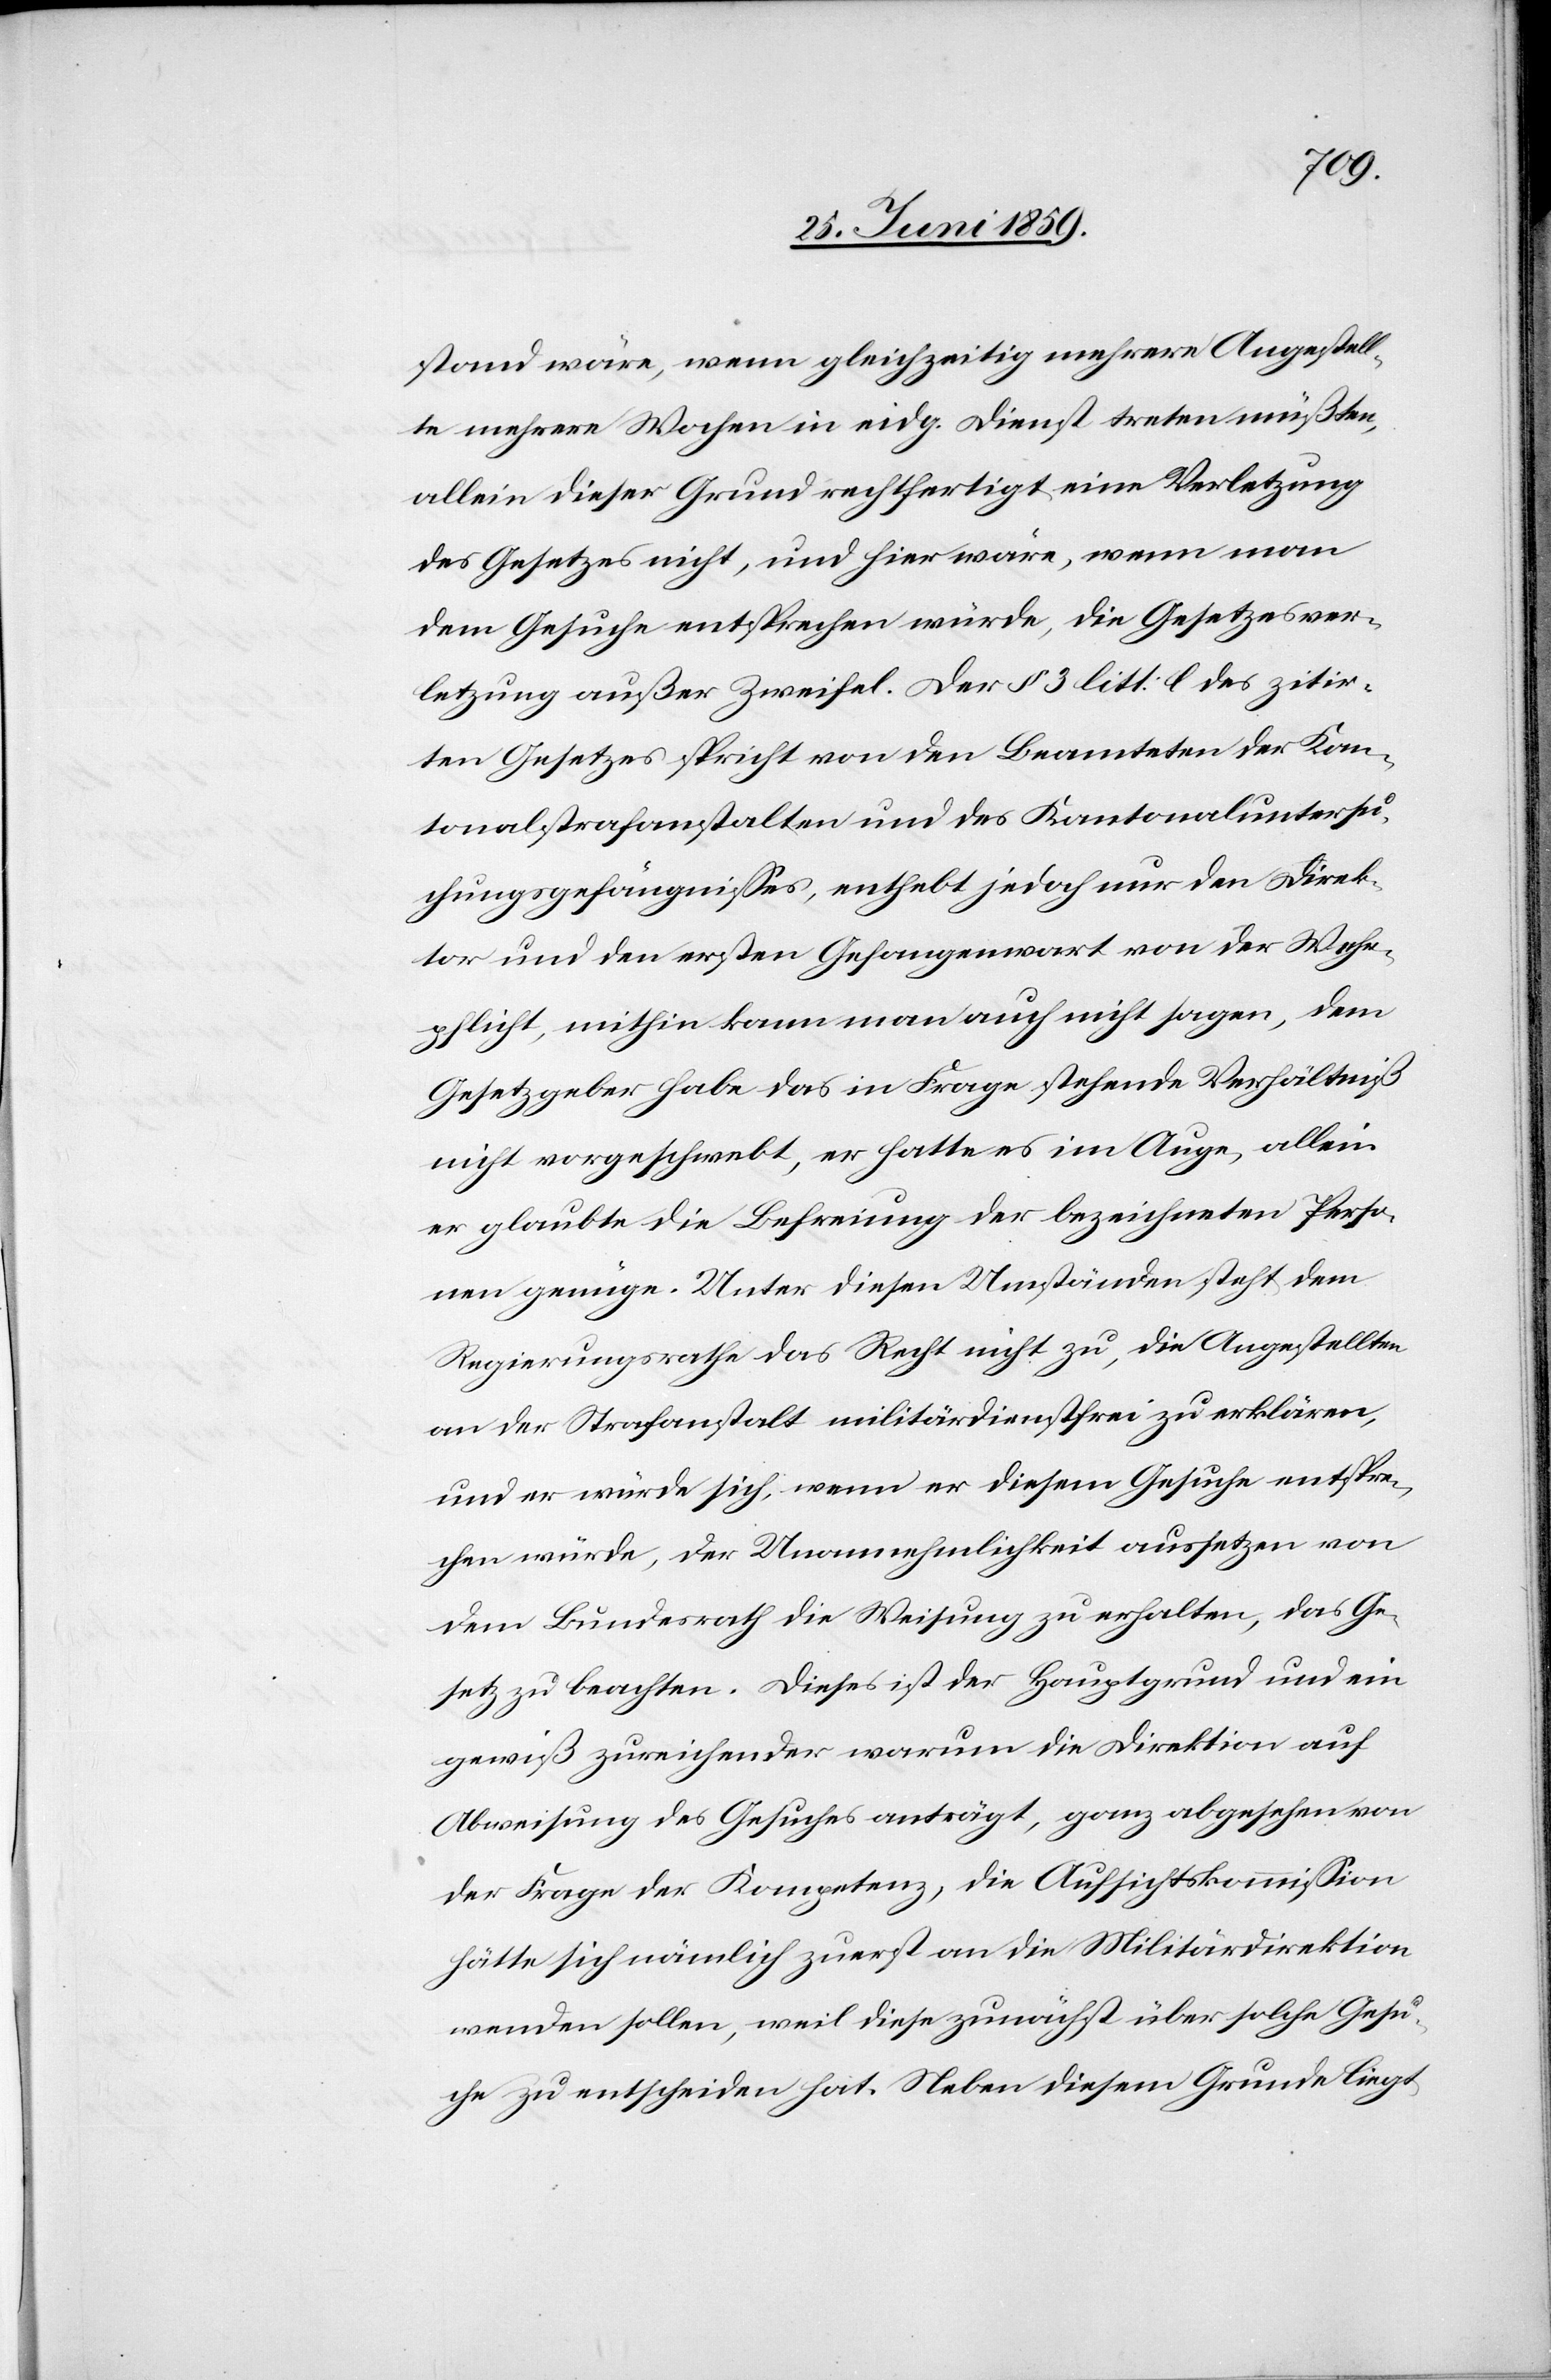
stand wäre, wenn gleichzeitig mehrere Angestell¬
te mehrere Wochen in eidg. Dienst treten müßten,
allein dieser Grund rechtfertigt eine Verletzung
des Gesetzes nicht, und hier wäre, wenn man
dem Gesuche entsprechen würde, die Gesetzesver¬
letzung außer Zweifel. Der § 3 litt: l des zitir¬
ten Gesetzes spricht von den Beamteten der Kan¬
tonalstrafanstalten und des Kantonaluntersu¬
chungsgefängnisses, enthebt jedoch nur den Direk¬
tor und den ersten Gefangenwart von der Wehr¬
pflicht, mithin kann man auch nicht sagen, dem
Gesetzgeber habe das in Frage stehende Verhältniß
nicht vorgeschwebt, er hatte es im Auge, allein
er glaubte die Befreiung der bezeichneten Perso¬
nen genüge. Unter diesen Umständen steht dem
Regierungsrath das Recht nicht zu, die Angestellten
an der Strafanstalt militärdienstfrei zu erklären,
und er würde sich, wenn er diesem Gesuche entspre¬
chen würde, der Unannehmlichkeit aussetzen von
dem Bundesrath die Weisung zu erhalten, das Ge¬
setz zu beachten. Dieses ist der Hauptgrund und ein
gewiß zureichender warum die Direktion auf
Abweisung des Gesuches anträgt, ganz abgesehen von
der Frage der Kompetenz, die Aufsichtskommission
hätte sich nämlich zuerst an die Militärdirektion
wenden sollen, weil diese zunächst über solche Gesu¬
che zu entscheiden hat. Neben diesem Grunde liegt